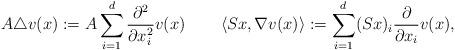
LaTeX: \begin{align*} A\triangle v(x):=A\sum_{i=1}^{d}\frac{\partial^2}{\partial x_i^2}v(x)\quad\quad\left\langle Sx,\nabla v(x)\right\rangle:=\sum_{i=1}^{d}(Sx)_i\frac{\partial}{\partial x_i}v(x),\end{align*}